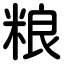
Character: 粮